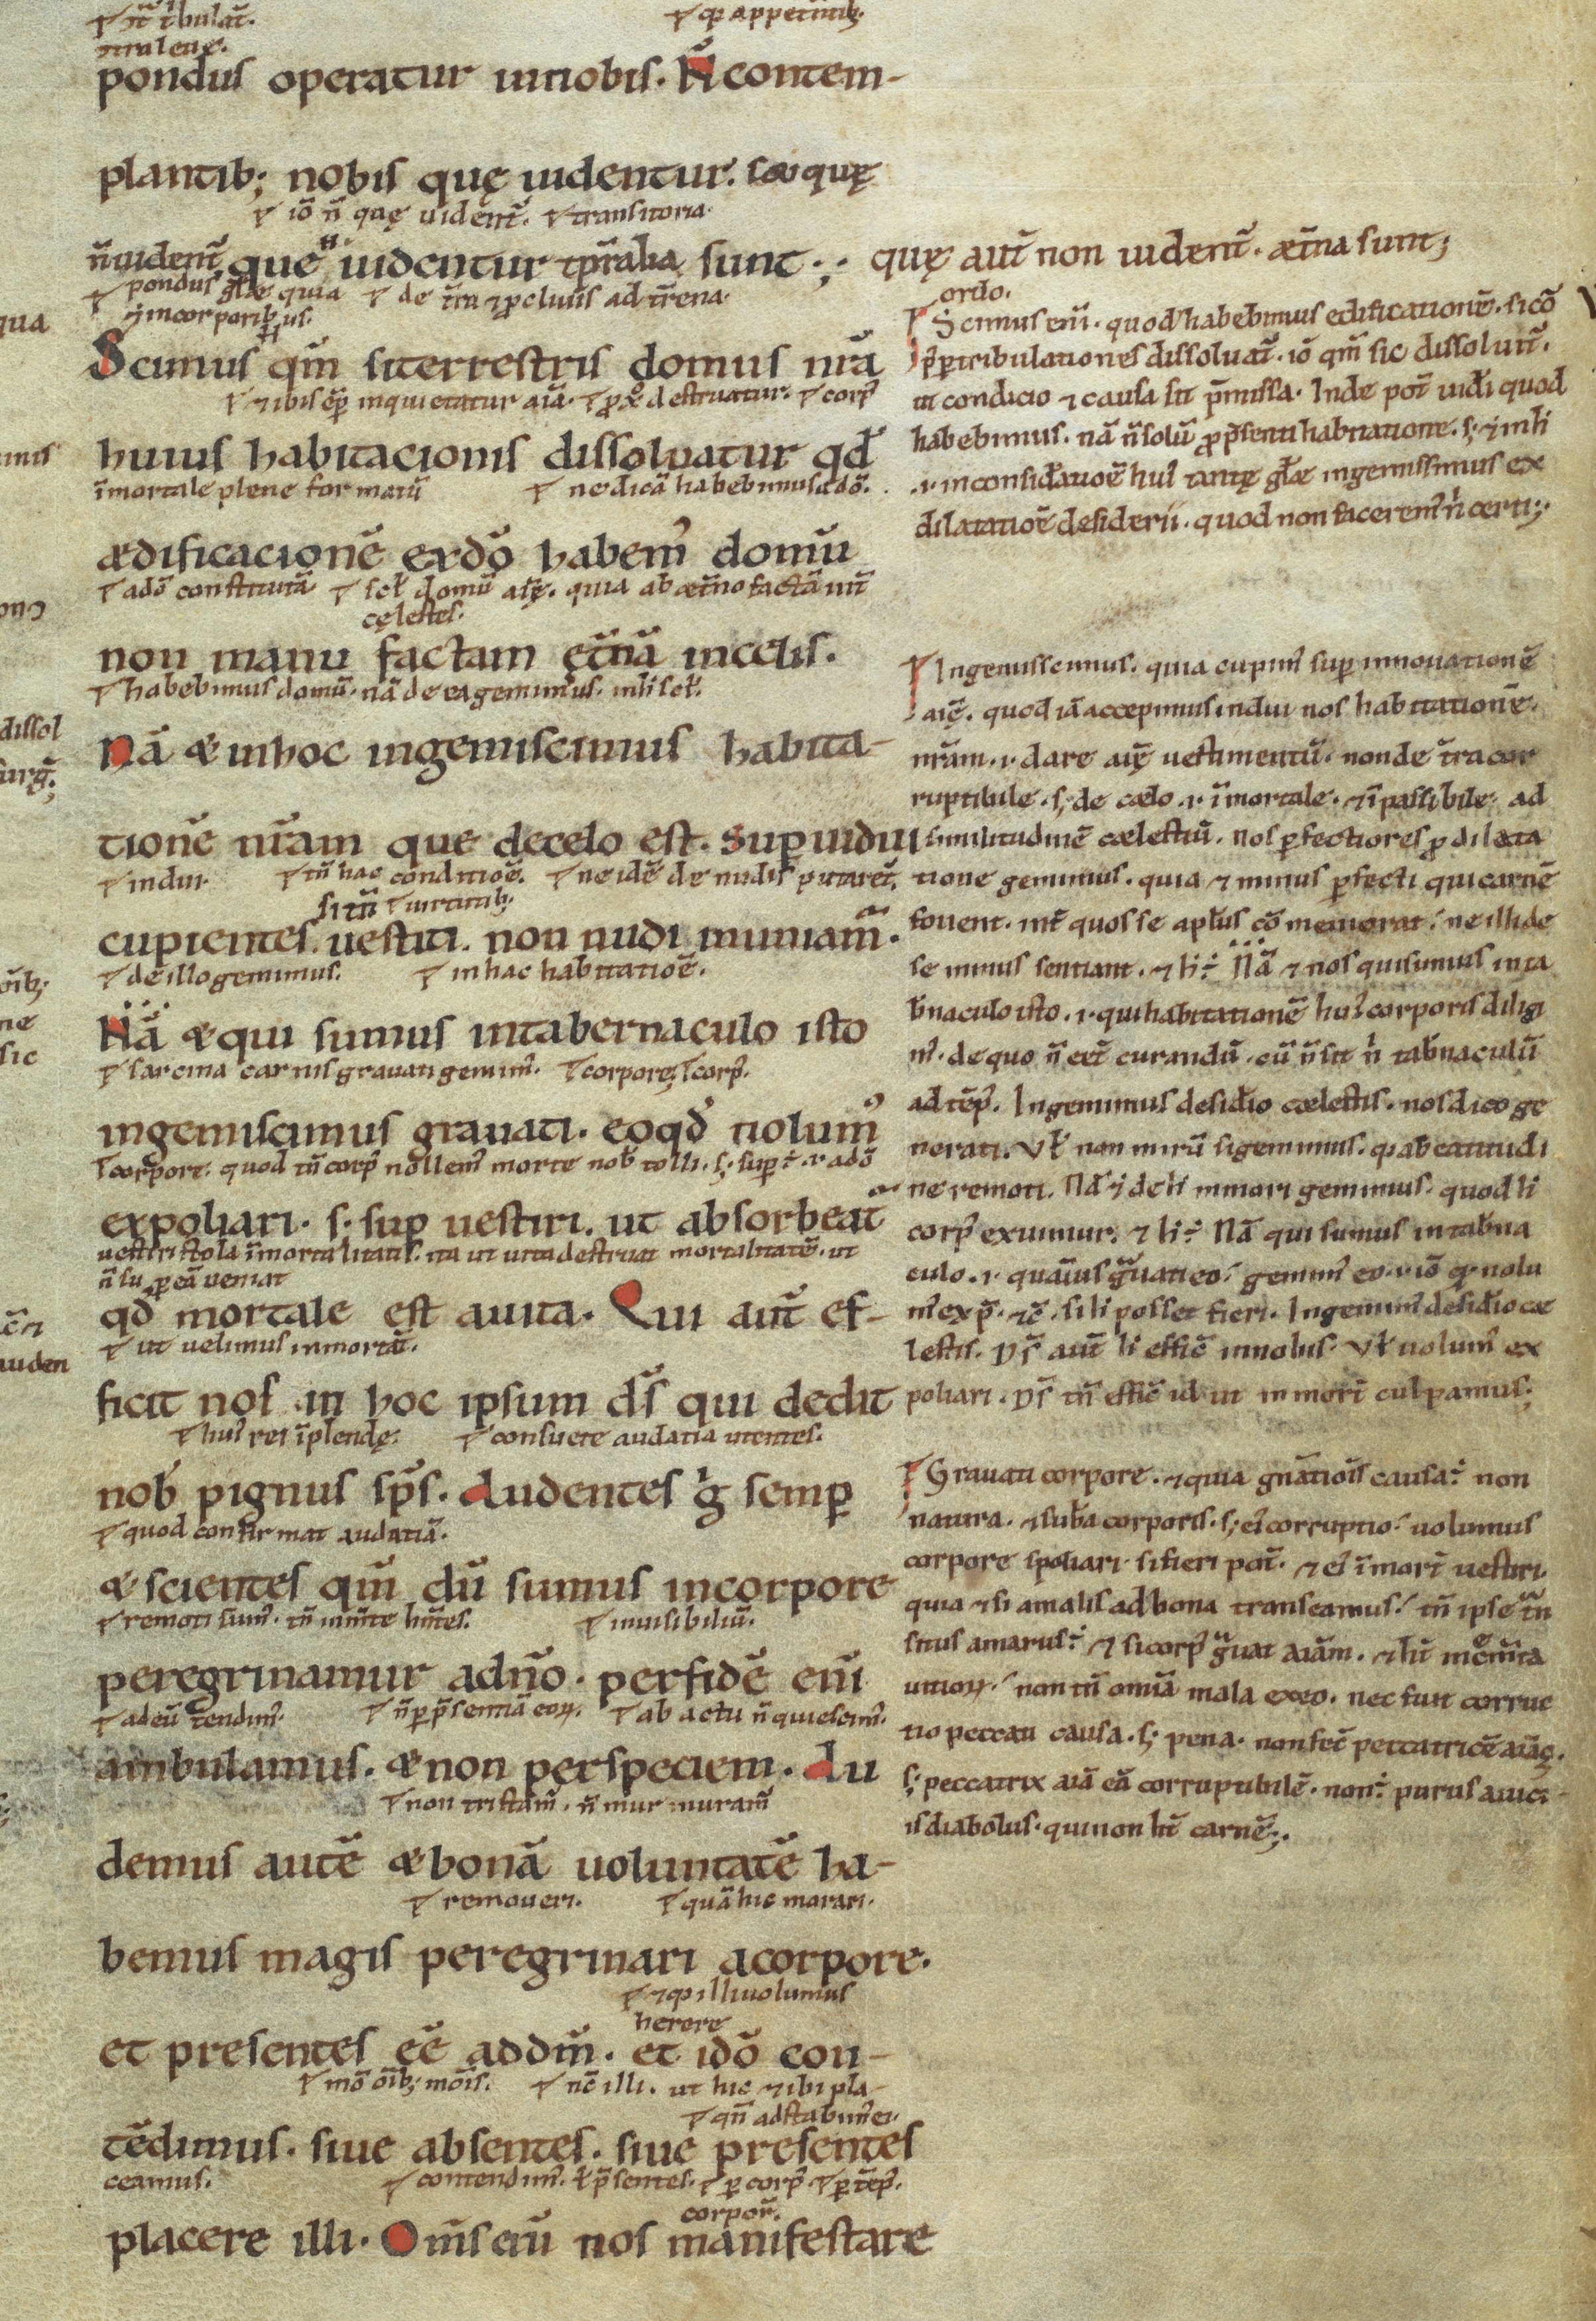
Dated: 1100–1199